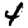
Digit: 4